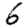
Digit: 6